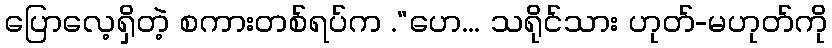
ပြောလေ့ရှိတဲ့ စကားတစ်ရပ်က .“ဟေ... သရိုင်သား ဟုတ်-မဟုတ်ကို